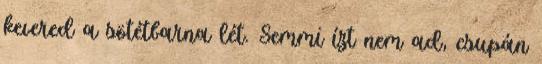
kevered a sötétbarna lét. Semmi ízt nem ad, csupán